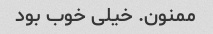
ممنون. خیلی خوب بود